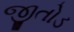
જીતોડ